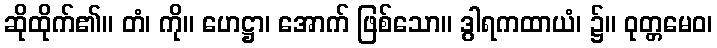
ဆိုထိုက်၏။ တံ၊ ကို။ ဟေဋ္ဌာ၊ အောက် ဖြစ်သော။ ဒွါရကထာယံ၊ ၌။ ဝုတ္တမေဝ၊